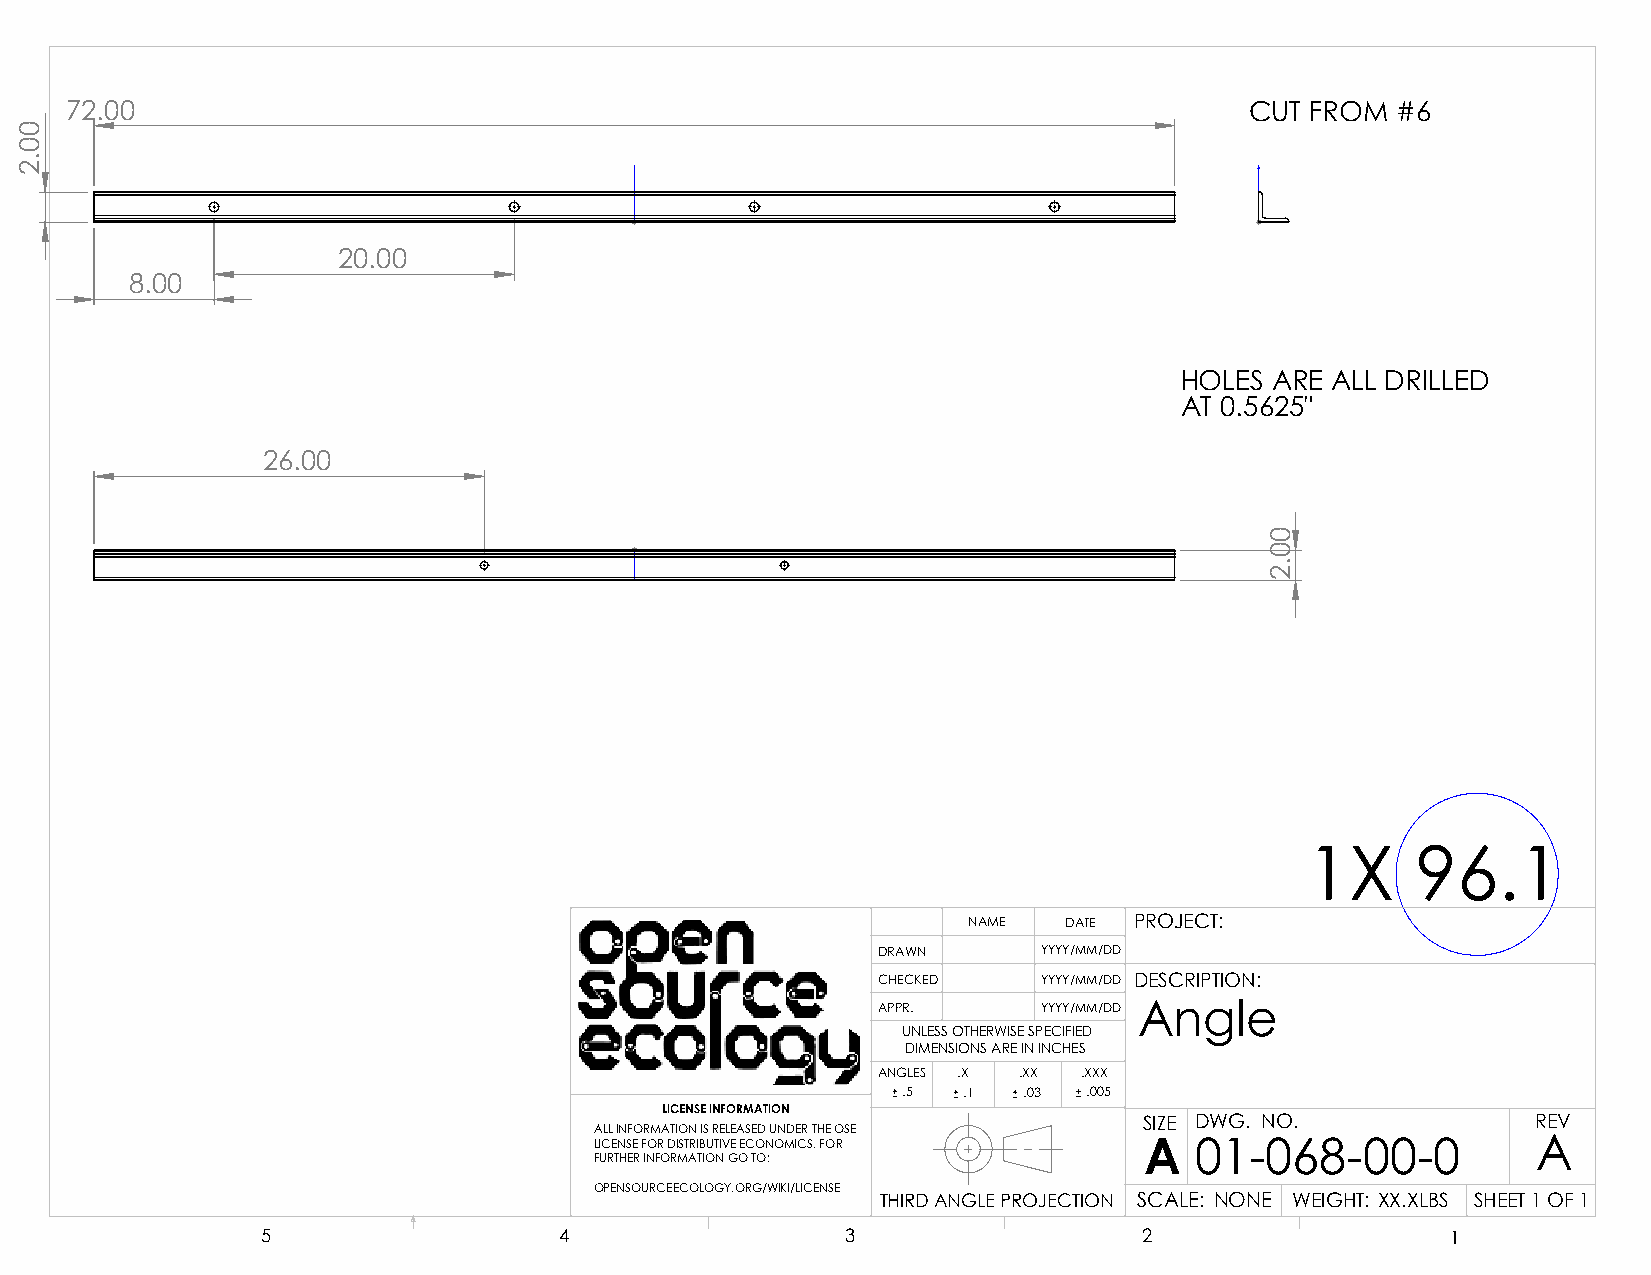
72.00                                                                          CUT FROM #6
 20.00
 8.00
 HOLES ARE ALL DRILLED
 AT 0.5625"
 26.00
 1X      96.1
 NAME  DATE PROJECT:
 DRAWN      YYYY/MM/DD
 CHECKED    YYYY/MM/DD DESCRIPTION:
 APPR.      YYYY/MM/DD Angle
 UNLESS OTHERWISE SPECIFIED
 DIMENSIONS ARE IN INCHES
 ANGLES .X .XX .XXX
 .5  .1  .03 .005
 LICENSE INFORMATION
 SIZE DWG. NO.             REV
 ALL INFORMATION IS RELEASED UNDER THE OSE
 LICENSE FOR DISTRIBUTIVE ECONOMICS. FOR A 01-068-00-0          A
 FURTHER INFORMATION GO TO:
 OPENSOURCEECOLOGY.ORG/WIKI/LICENSE
 THIRD ANGLE PROJECTION SCALE: NONE WEIGHT: XX.XLBS SHEET 1 OF 1
 5                   4                  3                   2                   1
 00.2
 00.2